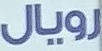
رويال